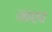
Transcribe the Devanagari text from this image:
नाएब